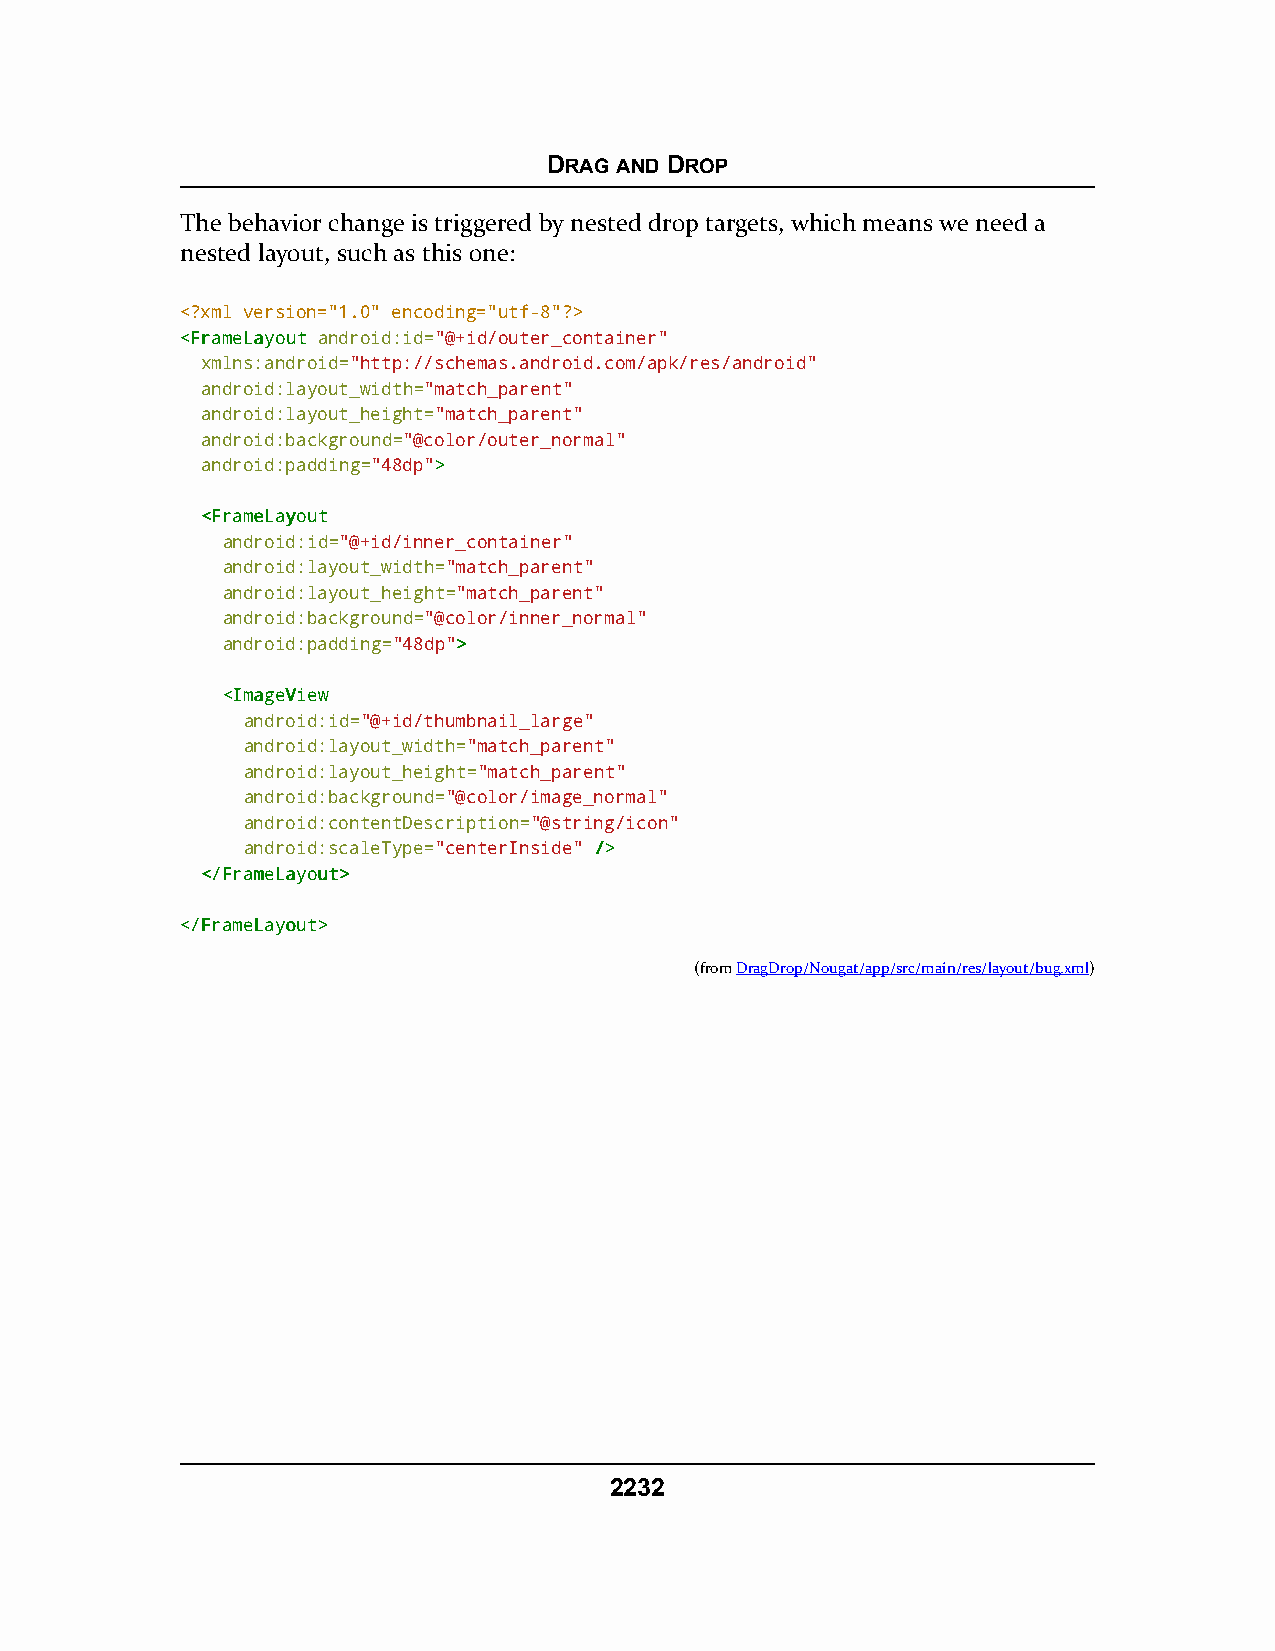
DRAG AND DROP
 The behavior change is triggered by nested drop targets, which means we need a
 nested layout, such as this one:
 <?xml version="1.0" encoding="utf-8"?>
 <<FFrraammeeLLaayyoouutt android:id="@+id/outer_container"
 xmlns:android="http://schemas.android.com/apk/res/android"
 android:layout_width="match_parent"
 android:layout_height="match_parent"
 android:background="@color/outer_normal"
 android:padding="48dp">>
 <<FFrraammeeLLaayyoouutt
 android:id="@+id/inner_container"
 android:layout_width="match_parent"
 android:layout_height="match_parent"
 android:background="@color/inner_normal"
 android:padding="48dp">>
 <<IImmaaggeeVViieeww
 android:id="@+id/thumbnail_large"
 android:layout_width="match_parent"
 android:layout_height="match_parent"
 android:background="@color/image_normal"
 android:contentDescription="@string/icon"
 android:scaleType="centerInside" //>>
 <<//FFrraammeeLLaayyoouutt>>
 <<//FFrraammeeLLaayyoouutt>>
 (fromDragDrop/Nougat/app/src/main/res/layout/bug.xml)
 2232